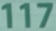
117